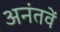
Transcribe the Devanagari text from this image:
अनंतवें